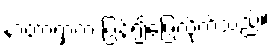
နာတာရှာက ပြန်၍ဖြေလိုက်သည်။